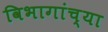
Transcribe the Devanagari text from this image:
विभागांच्‍या